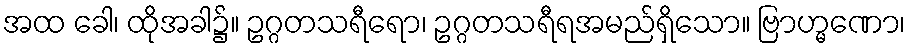
အထ ခေါ၊ ထိုအခါ၌။ ဥဂ္ဂတသရီရော၊ ဥဂ္ဂတသရီရအမည်ရှိသော။ ဗြာဟ္မဏော၊